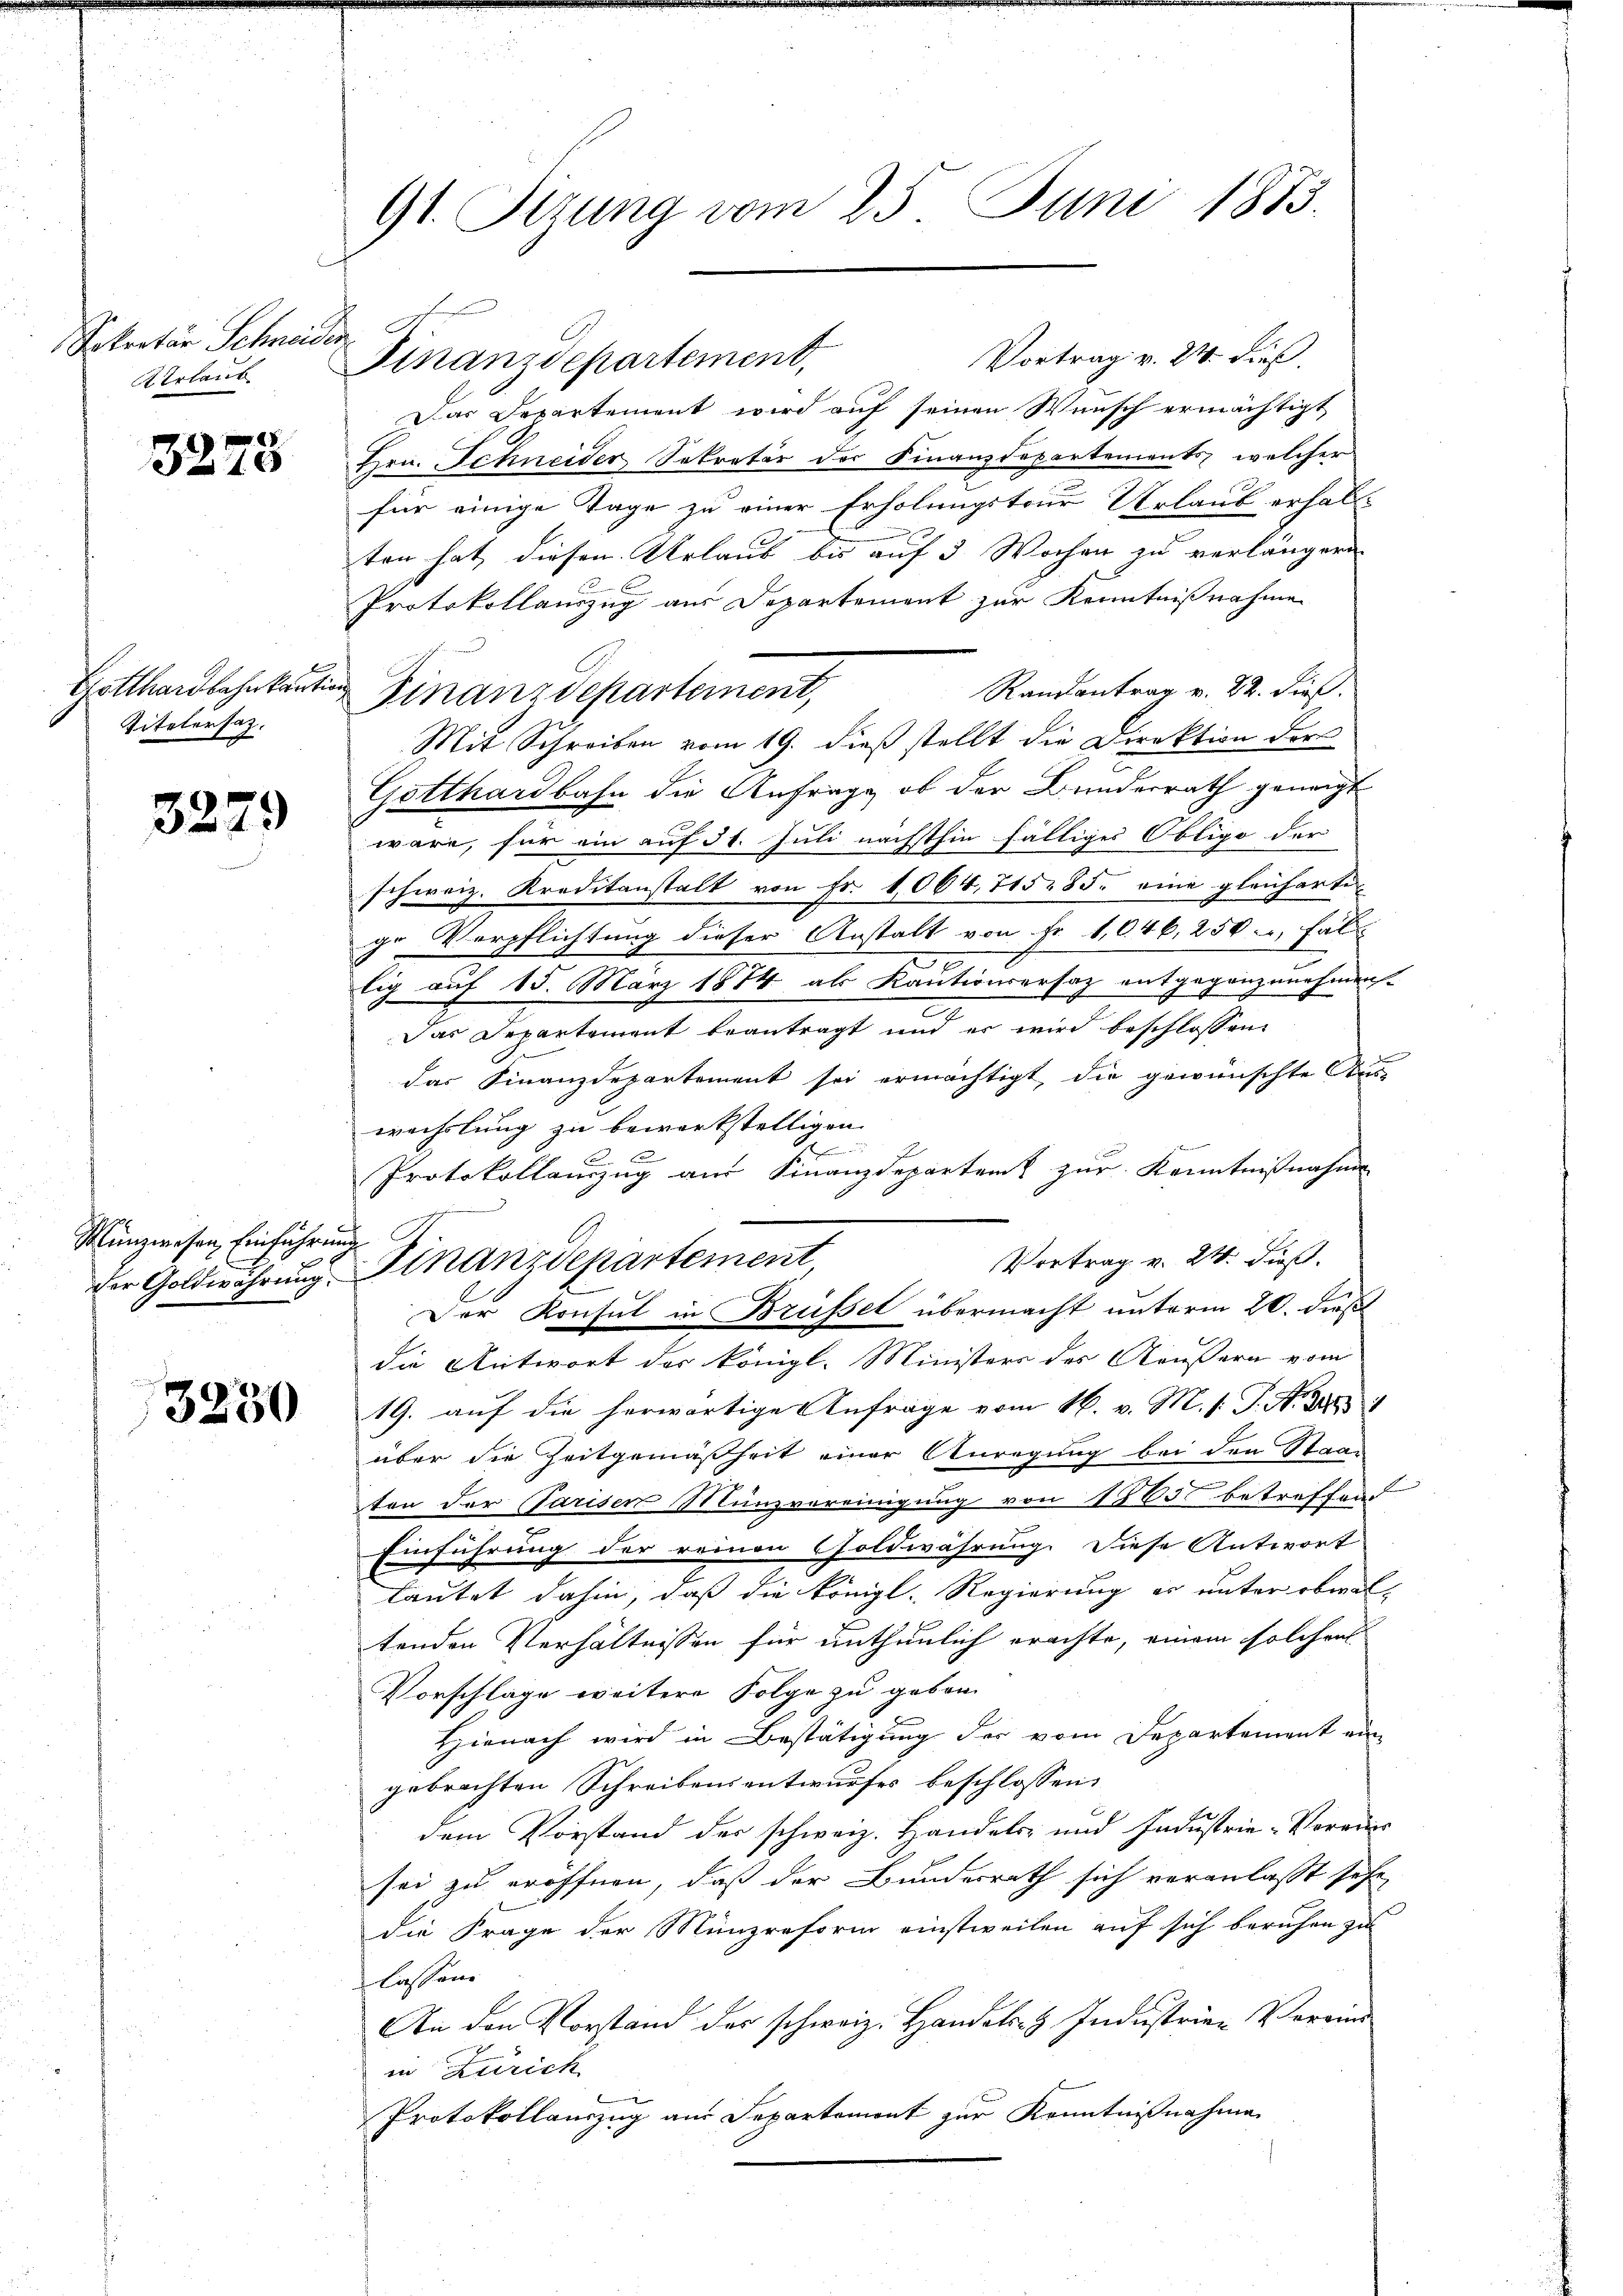
Sekretär Schneid.
AErlaub.

3278

Gotthardbahn kautio
Titelersatz.

3279

Münzwesen Einführung

3230

91. Sizung vom 25. Juni 1883.

Vortrag v. 24. dieß.
Finanzdepartement,
Das Departement wird auf seinen Wunsch ermächtigt
Hrn. Schneider Sekretär der Finanzdepartements, welcher
für einige Tage zu einer Erholungstour Urlaub erhalt
ten hat diesen Urlaub bis auf 3 Wochen zu verlängern
Protokollauszug aus Departement zur Kenntnißnahme
Randantrag v. 22. dies
Mit Schreiben vom 19. dieß stellt die Direktion ders
Gotthardbahn die Anfrage, ob der Bundesrath geneigt
wäre, für ein auf 31. Juli nächsthin fälliges Obligo der
schweiz. Kreditanstalt von Fr. 1064. 745. 85. eine gleichartige Verpflichtung dieser Anstalt von Fr. 1,046, 250., Fal
e
lig auf 15. März 1874 als Kautionsersatz entgegenzunehmen.
Das Departement beantragt und er wird beschlossen:
das Finanzdepartement sei ermächtigt, die gewünschte Aus-
wechslung zu bewerkstelligen.
e
C
Protokollauszug aus Finanzdepartent zur Kenntnißnahme
Vortrag v. 24. dieß.
der Goldwährung. Finanzdepartement
Der Konsul in Brüssel übermacht unterm 20. dieß
die Antwort der königl. Ministers des Aeußern vom
19. auf die herwärtige Anfrage vom 16. v. M. h. T. No. 1881
über die Zeitgemäßheit einer Anregung bei den Staat
ton der Parisen Münzvereinigung von 1655 betreffend
Einführung der reinen Goldwährung. Diese Antwort
lautet dahin, daß die königl. Regierung es unter obwaltenden Verhältnissen für enthunlich erachte, einem solchen
Vorschlage weitere Folge zu geben.
Hienach wird in Bestätigung der vom Departement ein
gebrachten Schreibensentwurfes beschlossen:
dem Vorstand der schweiz. Handels- und Industrie-Voraus
sei zu eröffnen, daß der Bundesrath sich veranlasst sehe
die Frage der Münzreform einstweilen auf sich beruhen zu
lassen.
An den Vorstand des schweiz. Handels- & Industrien Vereind
in Zürich
Protokollauszug aus Departemont zur Kenntnißnahme

Finanzdepartement,